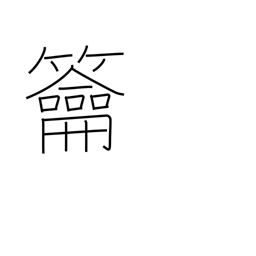
Meaning: three-holed flute